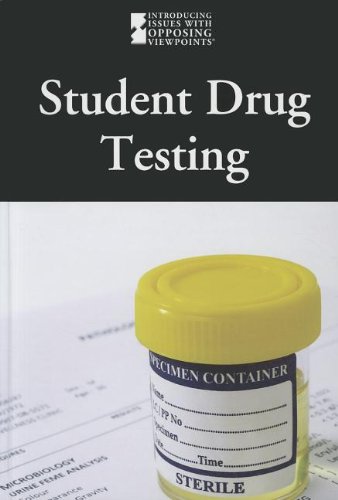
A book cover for Student Drug Testing (Introducing Issues With Opposing Viewpoints); Lauri S. Friedman; Teen & Young Adult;